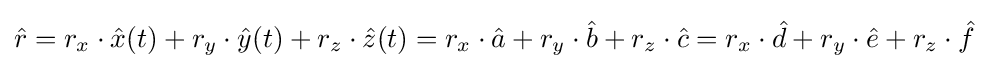
{\hat {r}}=r_{x}\cdot {\hat {x}}(t)+r_{y}\cdot {\hat {y}}(t)+r_{z}\cdot {\hat {z}}(t)=r_{x}\cdot {\hat {a}}+r_{y}\cdot {\hat {b}}+r_{z}\cdot {\hat {c}}=r_{x}\cdot {\hat {d}}+r_{y}\cdot {\hat {e}}+r_{z}\cdot {\hat {f}}